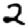
Digit: 2